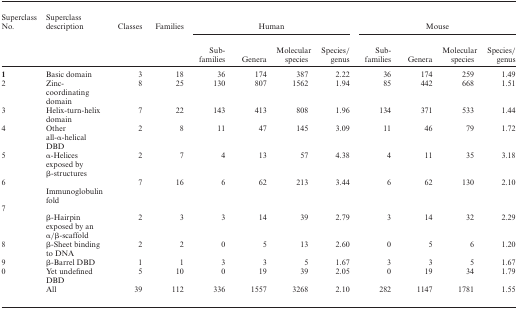
<table><thead><tr><td><b>Superclass No.</b></td><td><b>Superclass description</b></td><td><b>Classes</b></td><td><b>Families</b></td><td colspan="4"><b>Human</b></td><td colspan="4"><b>Mouse</b></td></tr><tr><td></td><td></td><td></td><td></td><td><b>Sub-families</b></td><td><b>Genera</b></td><td><b>Molecular species</b></td><td><b>Species/ genus</b></td><td><b>Sub-families</b></td><td><b>Genera</b></td><td><b>Molecular species</b></td><td><b>Species/ genus</b></td></tr></thead><tbody><tr><td><b>1</b></td><td>Basic domain</td><td>3</td><td>18</td><td>36</td><td>174</td><td>387</td><td>2.22</td><td>36</td><td>174</td><td>259</td><td>1.49</td></tr><tr><td>2</td><td>Zinc-coordinating domain</td><td>8</td><td>25</td><td>130</td><td>807</td><td>1562</td><td>1.94</td><td>85</td><td>442</td><td>668</td><td>1.51</td></tr><tr><td>3</td><td>Helix-turn-helix domain</td><td>7</td><td>22</td><td>143</td><td>413</td><td>808</td><td>1.96</td><td>134</td><td>371</td><td>533</td><td>1.44</td></tr><tr><td>4</td><td>Other all-α-helical DBD</td><td>2</td><td>8</td><td>11</td><td>47</td><td>145</td><td>3.09</td><td>11</td><td>46</td><td>79</td><td>1.72</td></tr><tr><td>5</td><td>α-Helices exposed by β-structures</td><td>2</td><td>7</td><td>4</td><td>13</td><td>57</td><td>4.38</td><td>4</td><td>11</td><td>35</td><td>3.18</td></tr><tr><td>6</td><td>Immunoglobulin fold</td><td>7</td><td>16</td><td>6</td><td>62</td><td>213</td><td>3.44</td><td>6</td><td>62</td><td>130</td><td>2.10</td></tr><tr><td>7</td><td></td><td></td><td></td><td></td><td></td><td></td><td></td><td></td><td></td></tr><tr><td></td><td>β-Hairpin exposed by an α/β-scaffold</td><td>2</td><td>3</td><td>3</td><td>14</td><td>39</td><td>2.79</td><td>3</td><td>14</td><td>32</td><td>2.29</td></tr><tr><td>8</td><td>β-Sheet binding to DNA</td><td>2</td><td>2</td><td>0</td><td>5</td><td>13</td><td>2.60</td><td>0</td><td>5</td><td>6</td><td>1.20</td></tr><tr><td>9</td><td>β-Barrel DBD</td><td>1</td><td>1</td><td>3</td><td>3</td><td>5</td><td>1.67</td><td>3</td><td>3</td><td>5</td><td>1.67</td></tr><tr><td>0</td><td>Yet undefined DBD</td><td>5</td><td>10</td><td>0</td><td>19</td><td>39</td><td>2.05</td><td>0</td><td>19</td><td>34</td><td>1.79</td></tr><tr><td></td><td>All</td><td>39</td><td>112</td><td>336</td><td>1557</td><td>3268</td><td>2.10</td><td>282</td><td>1147</td><td>1781</td><td>1.55</td></tr></tbody></table>